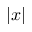
| x |